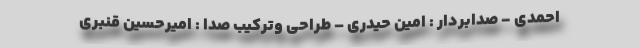
احمدی - صدابردار : امین حیدری – طراحی وترکیب صدا : امیرحسین قنبری